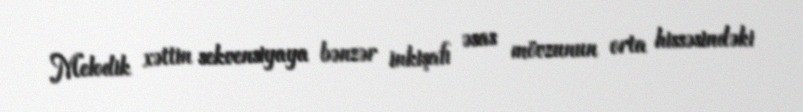
Melodik xəttin sekvensiyaya bənzər inkişafı əsas mövzunun orta hissəsindəki